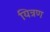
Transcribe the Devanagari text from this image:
यित्रण